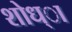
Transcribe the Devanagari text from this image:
शोध्ा